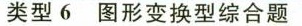
类型6 图形变换型综合题